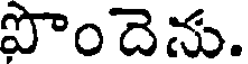
పొందెను.